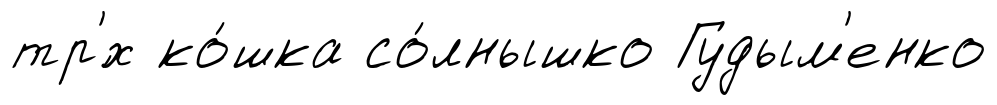
тр'́х ко́шка со́лнышко Гудым'енко